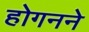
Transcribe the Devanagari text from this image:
होगनने